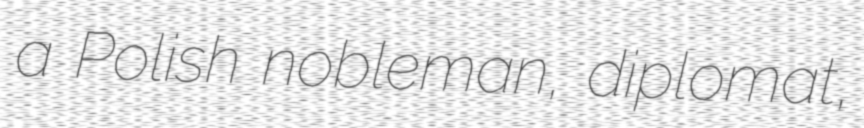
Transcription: a Polish nobleman, diplomat,